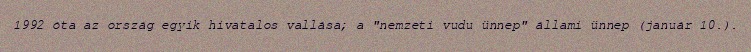
1992 óta az ország egyik hivatalos vallása; a "nemzeti vudu ünnep" állami ünnep (január 10.).